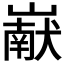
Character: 𰎹